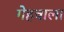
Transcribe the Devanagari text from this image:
गेहवाला